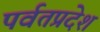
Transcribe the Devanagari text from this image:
पर्वतप्रदेश